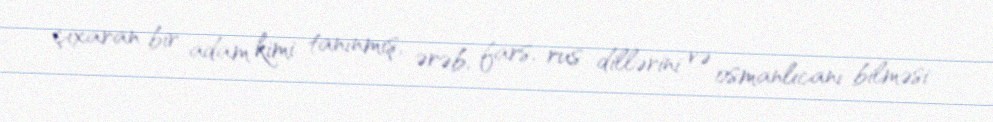
çıxaran bir adam kimi tanınmış, ərəb, fars, rus dillərini və osmanlıcanı bilməsi